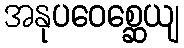
အနုပဝေစ္ဆေယျ